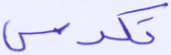
تكدس